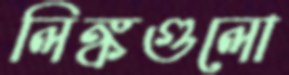
লিঙ্কগুলো